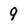
Character: 9